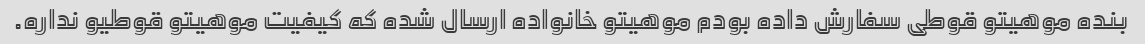
بنده موهیتو قوطی سفارش داده بودم موهیتو خانواده ارسال شده که کیفیت موهیتو قوطیو نداره.